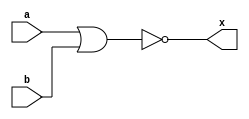
//MODULOS
module GNOR2(a,b,x);
	input a,b;
	output x;

//ASIGNACIONES
assign x=~(a|b);
endmodule